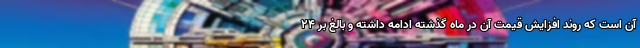
آن است که روند افزایش قیمت آن در ماه گذشته ادامه داشته و بالغ بر ۲۴